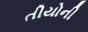
તીયોની